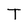
Character: T